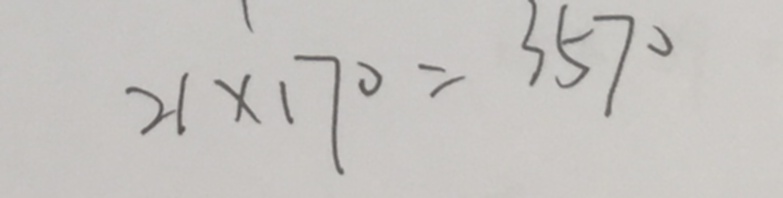
2 1 \times 1 7 0 = 3 5 7 0